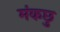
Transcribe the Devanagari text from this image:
मंकछु